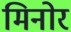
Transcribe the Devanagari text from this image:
मिनोर